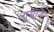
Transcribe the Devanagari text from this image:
गुयाने